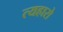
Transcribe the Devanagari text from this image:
त्यहारो